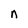
Character: n